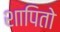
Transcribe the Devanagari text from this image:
शापितो